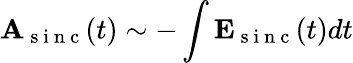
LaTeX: \mathbf{A}_{\mathrm{~s~i~n~c~}}(t)\sim-\int\mathbf{E}_{\mathrm{~s~i~n~c~}}(t)dt